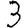
Digit: 3